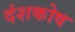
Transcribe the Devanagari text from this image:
दंशकोष